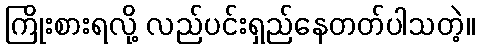
ကြိုးစားရလို့ လည်ပင်းရှည်နေတတ်ပါသတဲ့။